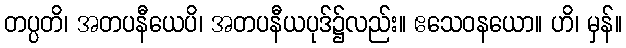
တပ္ပတိ၊ အတပနီယေပိ၊ အတပနီယပုဒ်၌လည်း။ ဧသေဝနယော။ ဟိ၊ မှန်။